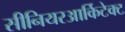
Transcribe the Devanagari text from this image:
सीनियरआर्किटेक्ट